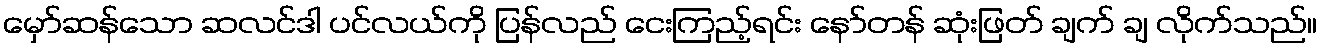
မှော်ဆန်သော ဆလင်ဒါ ပင်လယ်ကို ပြန်လည် ငေးကြည့်ရင်း နော်တန် ဆုံးဖြတ် ချက် ချ လိုက်သည်။